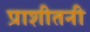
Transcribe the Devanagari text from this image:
प्राशीतनी